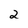
Character: 2